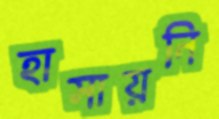
হাসায়নি